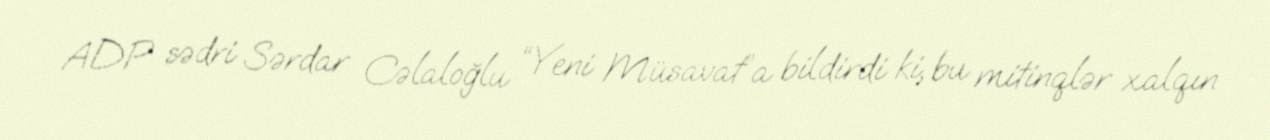
ADP sədri Sərdar Cəlaloğlu “Yeni Müsavat”a bildirdi ki, bu mitinqlər xalqın